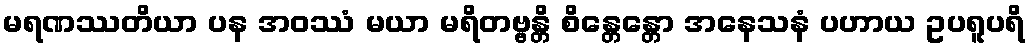
မရဏဿတိယာ ပန အဝဿံ မယာ မရိတဗ္ဗန္တိ စိန္တေန္တော အနေသနံ ပဟာယ ဥပရူပရိ